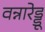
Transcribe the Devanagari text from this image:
वन्नारेड्डू